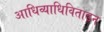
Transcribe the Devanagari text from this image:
आधिव्याधिविताड़न